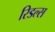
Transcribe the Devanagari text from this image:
रिडल्स